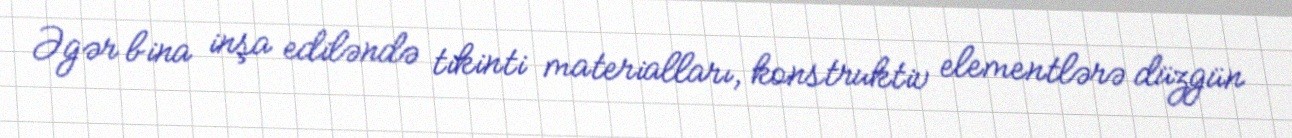
Əgər bina inşa ediləndə tikinti materialları, konstruktiv elementlərə düzgün